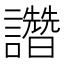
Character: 𧮂